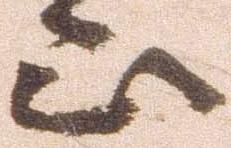
山